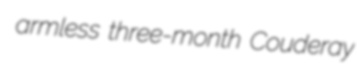
armless three-month Couderay